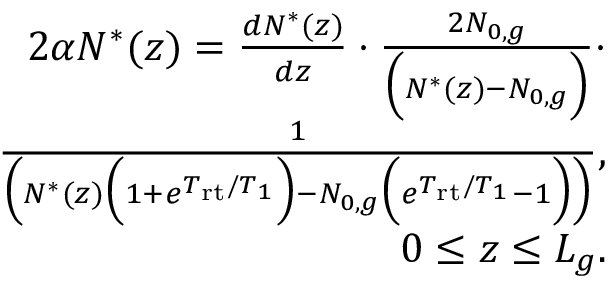
\begin{array} { r l r } & { } & { 2 \alpha N ^ { * } ( z ) = \frac { d N ^ { * } ( z ) } { d z } \cdot \frac { 2 N _ { 0 , g } } { \Big ( N ^ { * } ( z ) - N _ { 0 , g } \Big ) } \cdot } \\ & { } & { \frac { 1 } { \Big ( N ^ { * } ( z ) \Big ( 1 + e ^ { T _ { \mathrm { r t } } / T _ { 1 } } \Big ) - N _ { 0 , g } \Big ( e ^ { T _ { \mathrm { r t } } / T _ { 1 } } - 1 \Big ) \Big ) } , } \\ & { } & { 0 \le z \le L _ { g } . } \end{array}